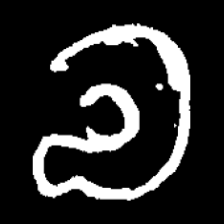
Pyu character \u2014 Myanmar letter: လ (romanized: la)